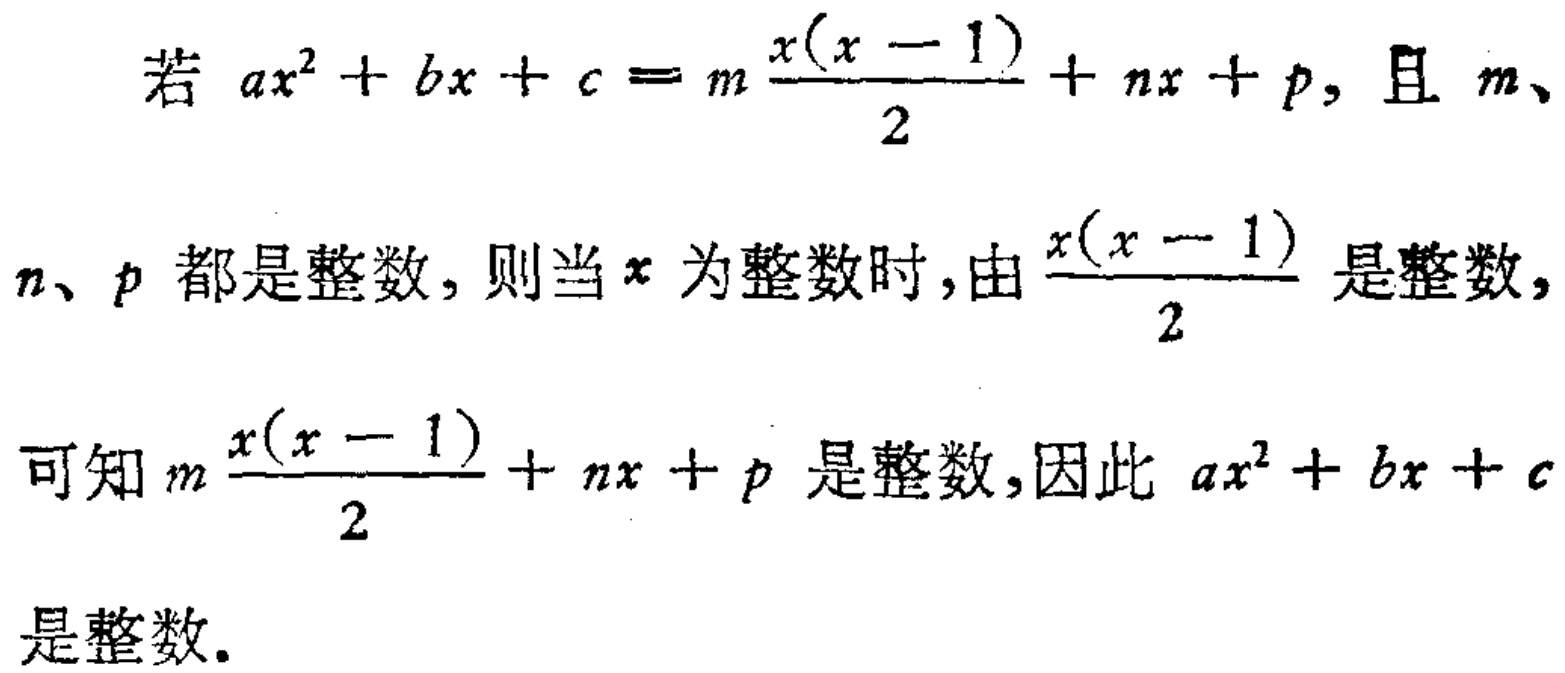
若 \(ax^{2}+bx + c = m\frac{x(x - 1)}{2}+nx + p\)，且 \(m\)、

\(n\)、\(p\) 都是整数，则当 \(x\) 为整数时，由 \(\frac{x(x - 1)}{2}\) 是整数，

可知 \(m\frac{x(x - 1)}{2}+nx + p\) 是整数，因此 \(ax^{2}+bx + c\)

是整数.